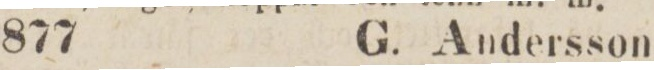
877    G. Andersson.